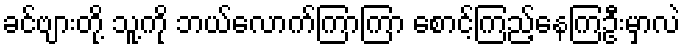
ခင်ဗျားတို့ သူ့ကို ဘယ်လောက်ကြာကြာ စောင့်ကြည့်နေကြဦးမှာလဲ